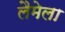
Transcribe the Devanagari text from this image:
लैमेला